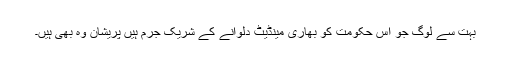
بہت سے لوگ جو اس حکومت کو بھاری مینڈیٹ دلوانے کے شریک جرم ہیں پریشان وہ بھی ہیں۔